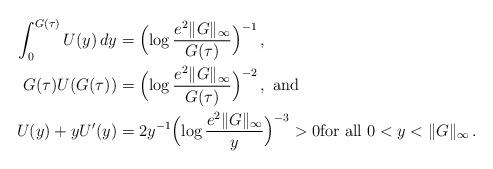
LaTeX: \begin{align*} \begin{aligned} \int_0^{G(\tau)}U(y)\, dy &= \Bigl(\log\frac{e^2\|G\|_\infty}{G(\tau)}\Bigr)^{-1}\, , \\ G(\tau)U(G(\tau)) &= \Bigl(\log\frac{e^2\|G\|_\infty}{G(\tau)}\Bigr)^{-2}\, , \ \mbox{and }\\ U(y)+y U'(y) &= 2 y^{-1}\Bigl(\log\frac{e^2\|G\|_\infty}{y}\Bigr)^{-3} > 0\mbox{for all } 0<y<\|G\|_\infty\, .\end{aligned}\end{align*}